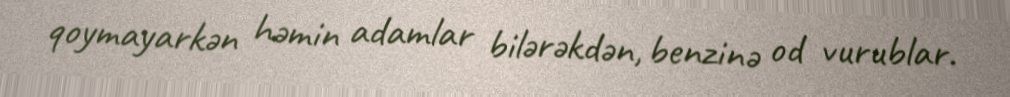
qoymayarkən həmin adamlar bilərəkdən, benzinə od vurublar.